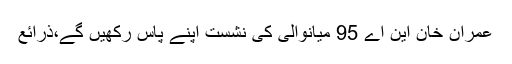
عمران خان این اے 95 میانوالی کی نشست اپنے پاس رکھیں گے،ذرائع